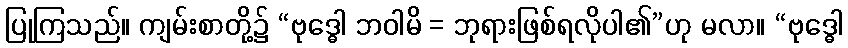
ပြုကြသည်။ ကျမ်းစာတို့၌ “ဗုဒ္ဓေါ ဘဝါမိ = ဘုရားဖြစ်ရလိုပါ၏”ဟု မလာ။ “ဗုဒ္ဓေါ